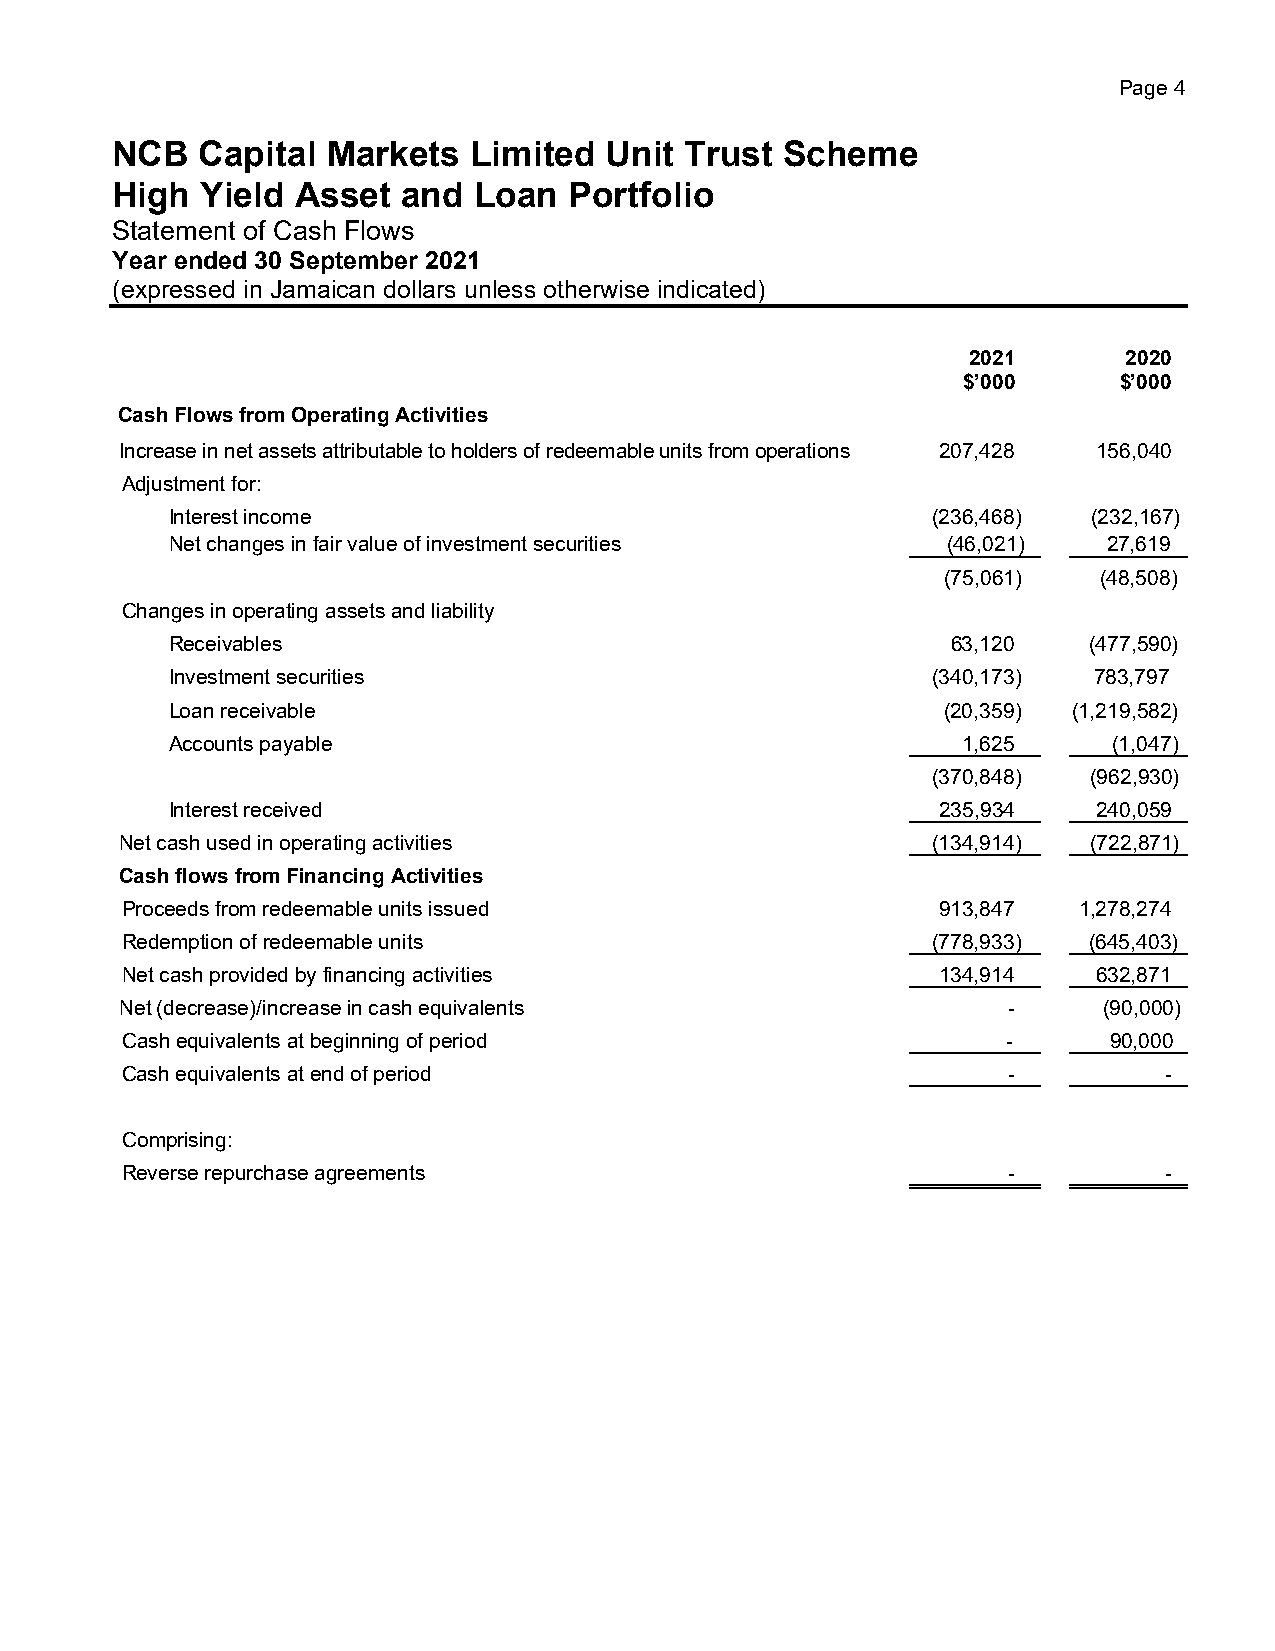
Page 4
 NCB   Capital  Markets  Limited  Unit Trust  Scheme
 High  Yield  Asset  and Loan   Portfolio
 Statement of Cash Flows
 Year ended 30 September 2021
 (expressed in Jamaican dollars unless otherwise indicated)
 2021       2020
 $’000     $’000
 Cash Flows from Operating Activities
 Increase in net assets attributable to holders of redeemable units from operations 207,428 156,040
 Adjustment for:
 Interest income                                    ( 2 3 6,468) (232,167)
 Net changes in fair value of investment securities  (46,021)  27,619
 (75,061)  (48,508)
 Changes in operating assets and liability
 Receivables                                         63,120   (477,590)
 Investment securities                              ( 3 4 0 ,173) 783,797
 Loan receivable                                    (20,359) (1,219,582)
 Accounts payable                                     1,625     (1,047)
 (370,848) (962,930)
 Interest received                                  235,934    240,059
 Net cash used in operating activities                 (134,914) (722,871)
 Cash flows from Financing Activities
 Proceeds from redeemable units issued                 913,847  1,278,274
 Redemption of redeemable units                        (778,933) (645,403)
 Net cash provided by financing activities             134,914    632,871
 Net (decrease)/increase in cash equivalents                -     (90,000)
 Cash equivalents at beginning of period                    -     90,000
 Cash equivalents at end of period                          -         -
 Comprising:
 Reverse repurchase agreements                              -         -